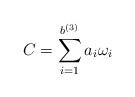
LaTeX: \begin{align*}C = \displaystyle \sum_{i =1}^{b^{(3)}} a_i \omega_i\end{align*}